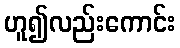
ဟူ၍လည်းကောင်း